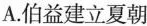
A.伯益建立夏朝